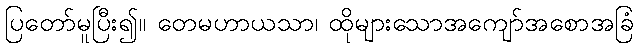
ပြတော်မူပြီး၍။ တေမဟာယသာ၊ ထိုများသောအကျော်အစောအခြံ